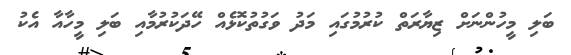
ބަލި މީހުންނަށް ޒިޔާރަތް ކުރުމުގައި މަދު ވަގުތުކޮޅެއް ހޭދަކުރުމާއި ބަލި މީހާއާ އެކު